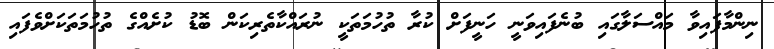
ނިންމާފައިވާ މައްސަލާގައި ބުނެފައިވަނީ ހަނީފަށް ކުރާ ތުހުމަތަކީ ނުރައްކާތެރިކަން ބޮޑު ކުށެއްގެ ތުހުމަތަކަށްވެފައި